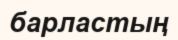
барластың